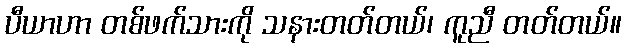
ပီယာဟာ တစ်ဖက်သားကို သနားတတ်တယ်၊ ကူညီ တတ်တယ်။